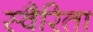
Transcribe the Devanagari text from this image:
स्वैरिता